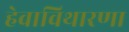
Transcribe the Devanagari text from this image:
हेवाविथारणा